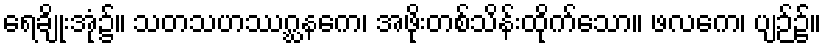
ရေချိုးအုံ၌။ သတသဟဿဂ္ဃနကေ၊ အဖိုးတစ်သိန်းထိုက်သော။ ဖလကေ၊ ပျဉ်၌။